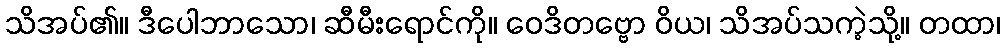
သိအပ်၏။ ဒီပေါဘာသော၊ ဆီမီးရောင်ကို။ ဝေဒိတဗ္ဗော ဝိယ၊ သိအပ်သကဲ့သို့။ တထာ၊